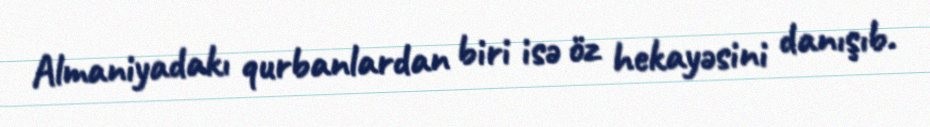
Almaniyadakı qurbanlardan biri isə öz hekayəsini danışıb.